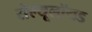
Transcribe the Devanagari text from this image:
सेल्यूलॉयड